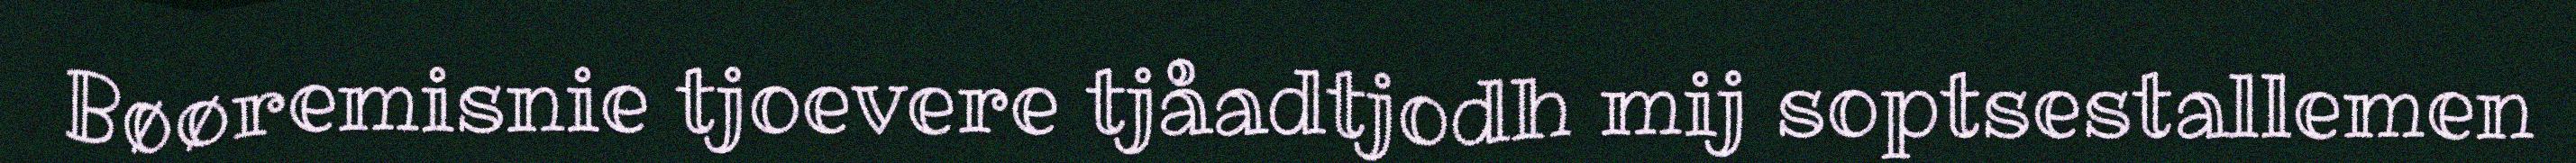
Bøøremisnie tjoevere tjåadtjodh mij soptsestallemen